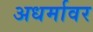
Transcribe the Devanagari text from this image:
अधर्मावर